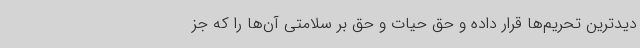
دیدترین تحریم‌ها قرار داده‌ و حق حیات و حق بر سلامتی آن‌ها را که جز